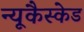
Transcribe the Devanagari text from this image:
न्यूकैस्केड